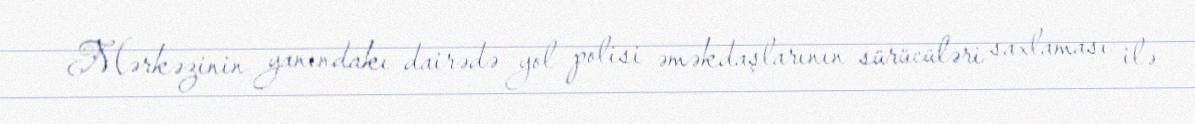
Mərkəzinin yanındakı dairədə yol polisi əməkdaşlarının sürücüləri saxlaması ilə